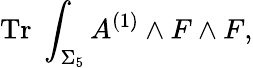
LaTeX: \mathrm{Tr}\; \int_{\Sigma_{5}}A^{(1)}\wedge F\wedge F,